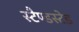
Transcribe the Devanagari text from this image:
स्टैण्डस्टेड